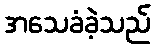
အသေခံခဲ့သည်